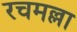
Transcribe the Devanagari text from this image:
रचमल्ला